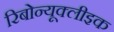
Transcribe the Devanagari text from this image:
रिबोन्यूक्लीइक